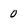
Character: 0